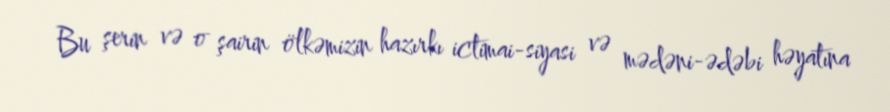
Bu şerin və o şairin ölkəmizin hazırkı ictimai-siyasi və mədəni-ədəbi həyatına